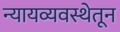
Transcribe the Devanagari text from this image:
न्यायव्यवस्थेतून